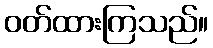
ဝတ်ထားကြသည်။